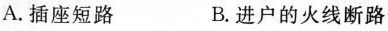
A.插座短路 B.进户的火线断路